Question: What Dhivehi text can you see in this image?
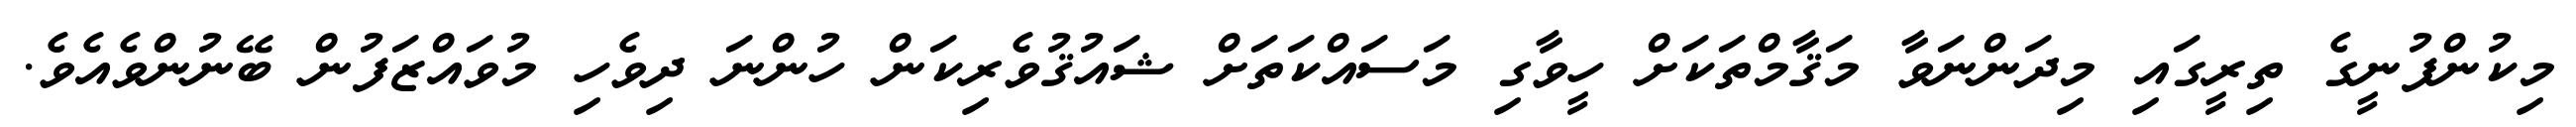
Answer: މިކުންފުނީގެ ތިރީގައި މިދަންނަވާ މަޤާމްތަކަށް ހީވާގި މަސައްކަތަށް ޝައުޤުވެރިކަން ހުންނަ ދިވެހި މުވައްޒަފުން ބޭނުންވެއެވެ.